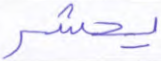
يحشر